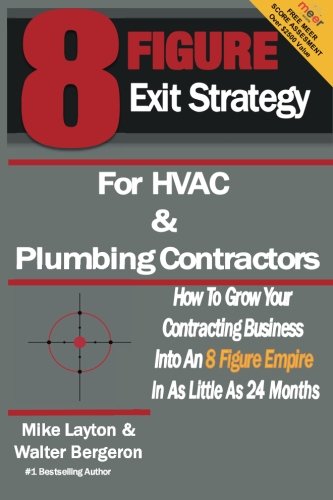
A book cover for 8 Figure Exit Strategy for HVAC and Plumbing Contractors: How To Grow Your Contracting Business Into An 8 Figure Empire In As Little As 24 Months; Walter Bergeron; Business & Money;